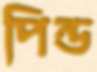
পিন্ড